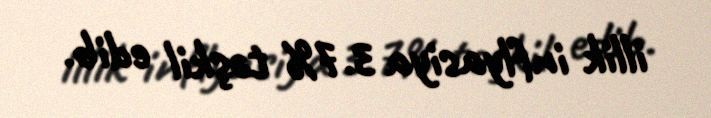
illik inflyasiya 3.7% təşkil edib.